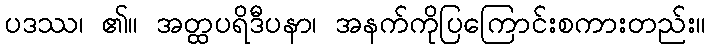
ပဒဿ၊ ၏။ အတ္ထပရိဒီပနာ၊ အနက်ကိုပြကြောင်းစကားတည်း။